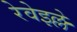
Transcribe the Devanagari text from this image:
रेवेइल्ले